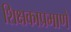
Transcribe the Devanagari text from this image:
शिक्षकाप्रमाणे